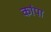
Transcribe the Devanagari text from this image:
कांपा